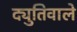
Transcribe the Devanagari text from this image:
द्युतिवाले